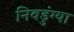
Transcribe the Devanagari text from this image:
निवडुंग्या